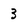
Character: 3